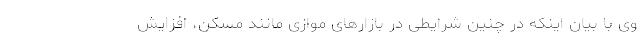
وی با بیان اینکه در چنین شرایطی در بازارهای موازی مانند مسکن، افزایش